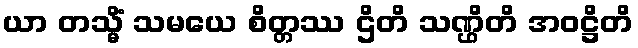
ယာ တသ္မိံ သမယေ စိတ္တဿ ဌိတိ သဏ္ဌိတိ အဝဋ္ဌိတိ